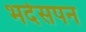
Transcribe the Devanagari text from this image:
भदेसपन